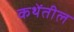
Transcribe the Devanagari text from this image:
कथेंतील